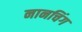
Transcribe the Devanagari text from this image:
नानचिंग